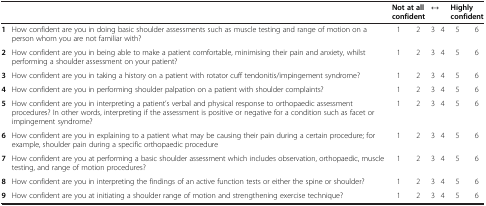
<table><thead><tr><td></td><td></td><td colspan="2"><b>Not at all confident</b></td><td colspan="2"><b>↔</b></td><td colspan="2"><b>Highly confident</b></td></tr></thead><tbody><tr><td><b>1</b></td><td>How confident are you in doing basic shoulder assessments such as muscle testing and range of motion on a person whom you are not familiar with?</td><td>1</td><td>2</td><td>3</td><td>4</td><td>5</td><td>6</td></tr><tr><td><b>2</b></td><td>How confident are you in being able to make a patient comfortable, minimising their pain and anxiety, whilst performing a shoulder assessment on your patient?</td><td>1</td><td>2</td><td>3</td><td>4</td><td>5</td><td>6</td></tr><tr><td><b>3</b></td><td>How confident are you in taking a history on a patient with rotator cuff tendonitis/impingement syndrome?</td><td>1</td><td>2</td><td>3</td><td>4</td><td>5</td><td>6</td></tr><tr><td><b>4</b></td><td>How confident are you in performing shoulder palpation on a patient with shoulder complaints?</td><td>1</td><td>2</td><td>3</td><td>4</td><td>5</td><td>6</td></tr><tr><td><b>5</b></td><td>How confident are you in interpreting a patient’s verbal and physical response to orthopaedic assessment procedures? In other words, interpreting if the assessment is positive or negative for a condition such as facet or impingement syndrome?</td><td>1</td><td>2</td><td>3</td><td>4</td><td>5</td><td>6</td></tr><tr><td><b>6</b></td><td>How confident are you in explaining to a patient what may be causing their pain during a certain procedure; for example, shoulder pain during a specific orthopaedic procedure</td><td>1</td><td>2</td><td>3</td><td>4</td><td>5</td><td>6</td></tr><tr><td><b>7</b></td><td>How confident are you at performing a basic shoulder assessment which includes observation, orthopaedic, muscle testing, and range of motion procedures?</td><td>1</td><td>2</td><td>3</td><td>4</td><td>5</td><td>6</td></tr><tr><td><b>8</b></td><td>How confident are you in interpreting the findings of an active function tests or either the spine or shoulder?</td><td>1</td><td>2</td><td>3</td><td>4</td><td>5</td><td>6</td></tr><tr><td><b>9</b></td><td>How confident are you at initiating a shoulder range of motion and strengthening exercise technique?</td><td>1</td><td>2</td><td>3</td><td>4</td><td>5</td><td>6</td></tr></tbody></table>